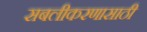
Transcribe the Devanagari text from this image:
सबलीकरणासाठी